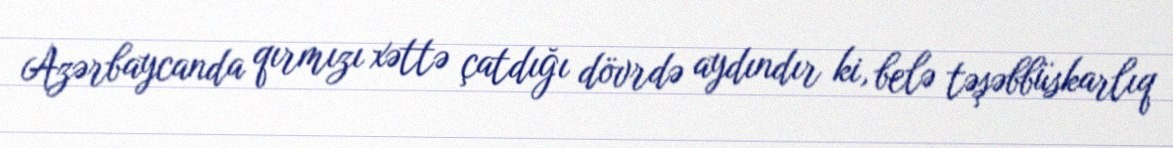
Azərbaycanda qırmızı xəttə çatdığı dövrdə aydındır ki, belə təşəbbüskarlıq